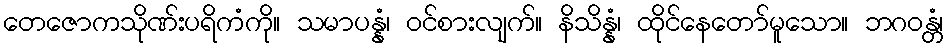
တေဇောကသိုဏ်းပရိကံကို။ သမာပန္နံ၊ ဝင်စားလျက်။ နိသိန္နံ၊ ထိုင်နေတော်မူသော။ ဘဂဝန္တံ၊